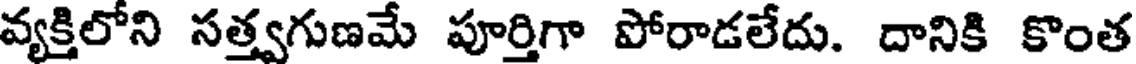
వ్యక్తిలోని సత్త్వగుణమే పూర్తిగా పోరాడలేదు. దానికి కొంత